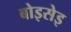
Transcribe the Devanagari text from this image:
बोइसेइ